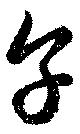
享